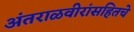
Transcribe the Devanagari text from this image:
अंतराळवीरांसहितचे